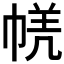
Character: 𭘤